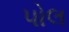
પોલ